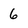
Character: 6